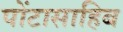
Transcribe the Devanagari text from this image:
पोंटासाहिब